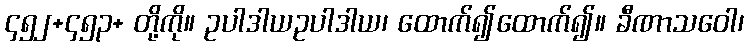
၄၅၂+၄၅၃+ တို့ကို။ ဥပါဒါယဥပါဒါယ၊ ထောက်၍ထောက်၍။ ခီဏာသဝေါ၊